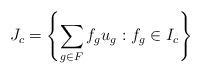
LaTeX: \begin{align*} J_c = \left\{ \sum_{g\in F}f_gu_g: f_g\in I_c \right\}\end{align*}